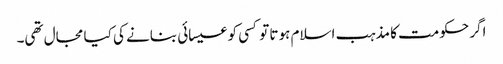
اگر حکومت کا مذہب اسلام ہوتا تو کسی کو عیسائی بنانے کی کیا مجال تھی۔